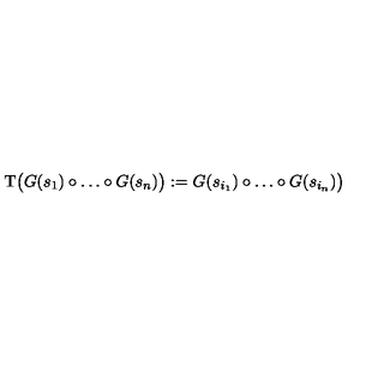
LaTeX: \mathrm { T } \bigl ( G ( s _ { 1 } ) \circ \dots \circ G ( s _ { n } ) \bigr ) : = G ( s _ { i _ { 1 } } ) \circ \dots \circ G ( s _ { i _ { n } } ) \bigr )